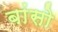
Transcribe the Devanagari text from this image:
बांसो